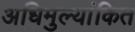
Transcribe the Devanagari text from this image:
अधिमुल्यांकित